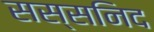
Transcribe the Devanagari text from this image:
सस्सनिद